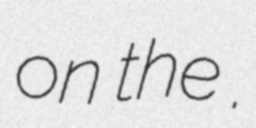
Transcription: on the .